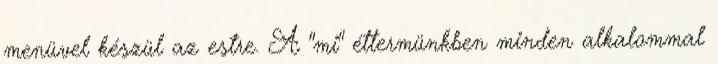
menüvel készül az estre. A "mi" éttermünkben minden alkalommal